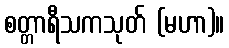
စတ္တာရီသကသုတ် (မဟာ)။